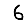
Digit: 6